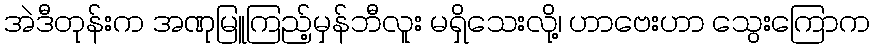
အဲဒီတုန်းက အဏုမြူကြည့်မှန်ဘီလူး မရှိသေးလို့၊ ဟာဗေးဟာ သွေးကြောက